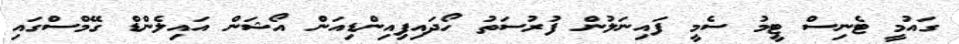
ގައުމީ ޓެނިސް ޓީމު ސެމީ ފައިނަލުން ފުރުސަތު ހޯދައިފިއިންޑިއަން އޯޝަން އައިލެންޑް ގޭމްސްގައި